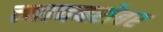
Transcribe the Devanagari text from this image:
त्त्याचबरोबर